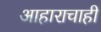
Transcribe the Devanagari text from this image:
आहाराचाही